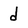
Character: d